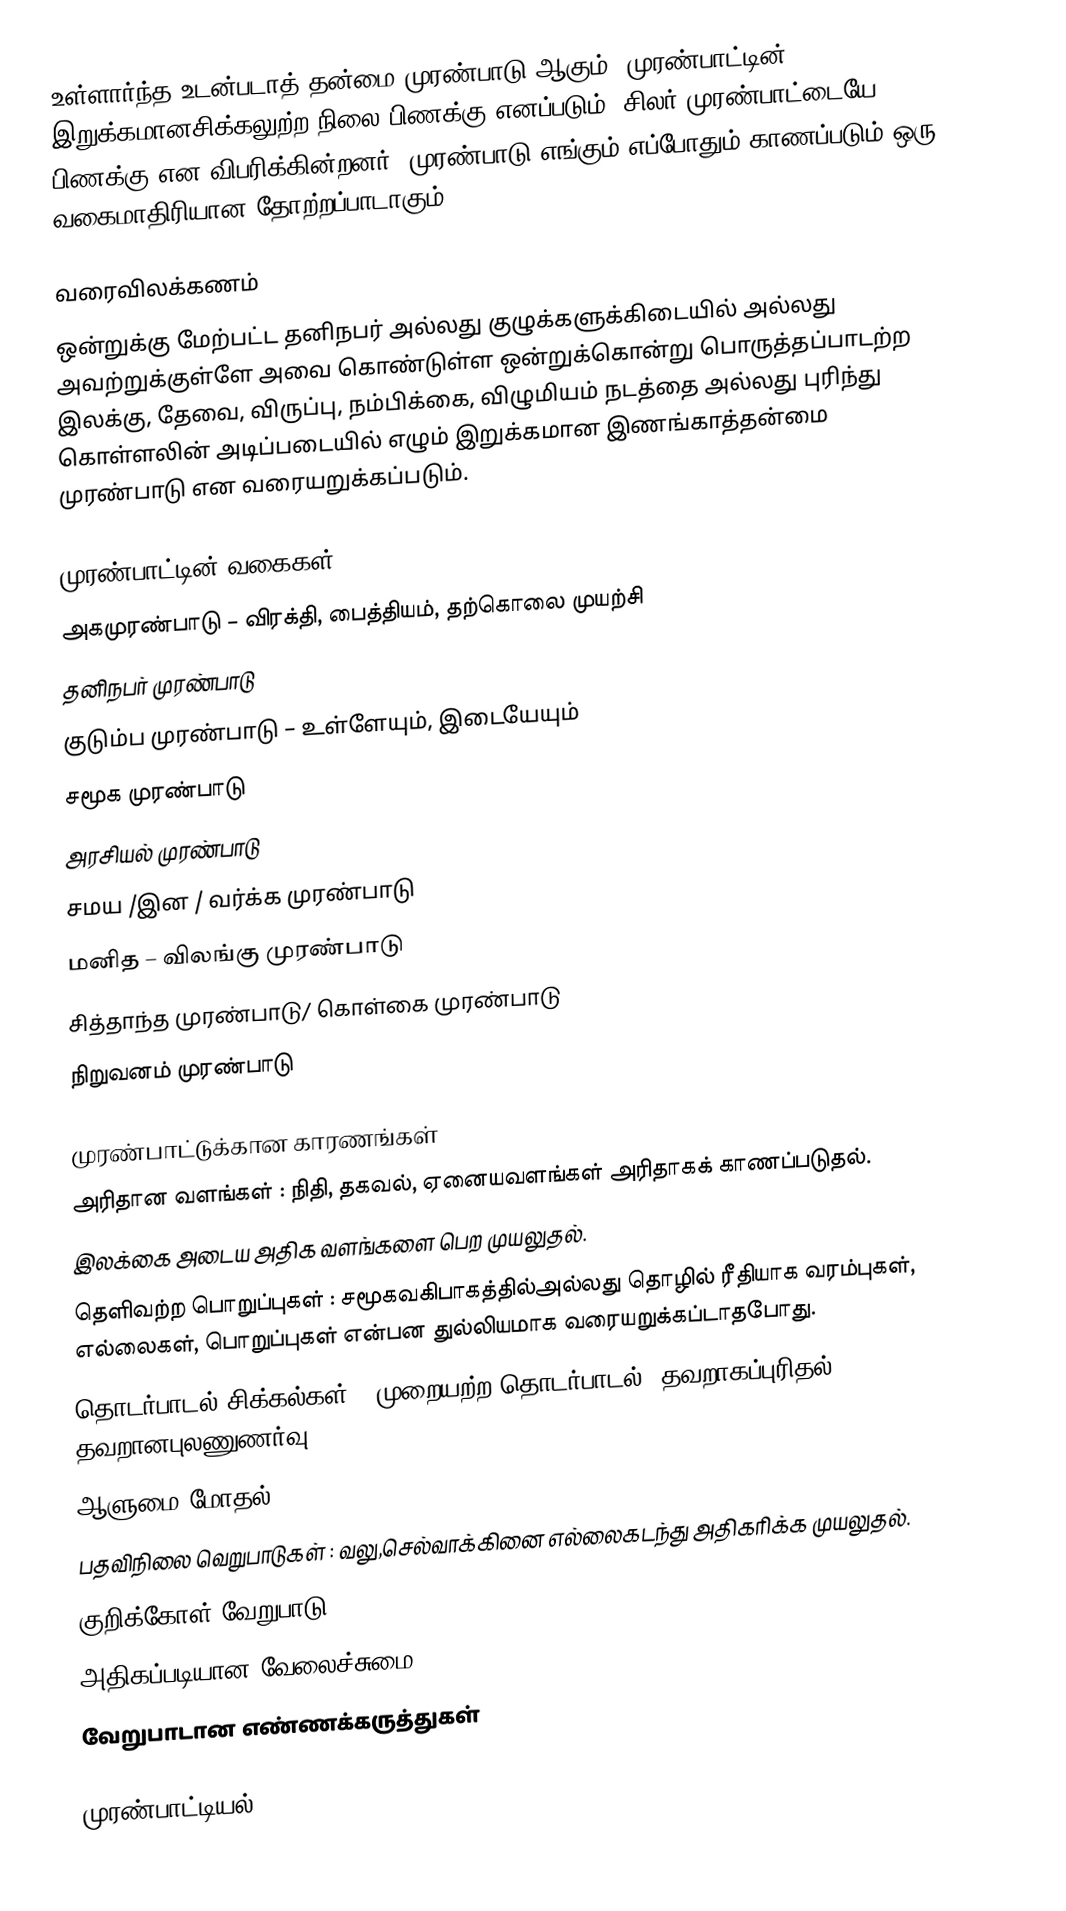
உள்ளார்ந்த உடன்படாத் தன்மை முரண்பாடு ஆகும். முரண்பாட்டின் இறுக்கமானசிக்கலுற்ற நிலை பிணக்கு எனப்படும். சிலர் முரண்பாட்டையே பிணக்கு என விபரிக்கின்றனர். முரண்பாடு எங்கும் எப்போதும் காணப்படும் ஒரு வகைமாதிரியான தோற்றப்பாடாகும்.

வரைவிலக்கணம்
ஒன்றுக்கு மேற்பட்ட தனிநபர் அல்லது குழுக்களுக்கிடையில் அல்லது அவற்றுக்குள்ளே அவை கொண்டுள்ள ஒன்றுக்கொன்று பொருத்தப்பாடற்ற இலக்கு, தேவை, விருப்பு, நம்பிக்கை, விழுமியம் நடத்தை அல்லது புரிந்து கொள்ளலின் அடிப்படையில் எழும் இறுக்கமான இணங்காத்தன்மை முரண்பாடு என வரையறுக்கப்படும்.

முரண்பாட்டின் வகைகள்
 அகமுரண்பாடு – விரக்தி, பைத்தியம், தற்கொலை முயற்சி
 தனிநபர் முரண்பாடு
 குடும்ப முரண்பாடு – உள்ளேயும், இடையேயும்
 சமூக முரண்பாடு
 அரசியல் முரண்பாடு
 சமய /இன / வர்க்க முரண்பாடு
 மனித – விலங்கு முரண்பாடு
 சித்தாந்த முரண்பாடு/ கொள்கை முரண்பாடு
 நிறுவனம் முரண்பாடு

முரண்பாட்டுக்கான காரணங்கள்
 அரிதான வளங்கள் : நிதி, தகவல், ஏனையவளங்கள் அரிதாகக் காணப்படுதல்.
இலக்கை அடைய அதிக வளங்களை பெற முயலுதல்.
 தெளிவற்ற பொறுப்புகள் : சமூகவகிபாகத்தில்அல்லது  தொழில் ரீதியாக வரம்புகள், எல்லைகள், பொறுப்புகள் என்பன துல்லியமாக வரையறுக்கப்டாதபோது.
 தொடர்பாடல் சிக்கல்கள் : முறையற்ற   தொடர்பாடல், தவறாகப்புரிதல், தவறானபுலணுணர்வு.
 ஆளுமை மோதல்
 பதவிநிலை வெறுபாடுகள் : வலு,செல்வாக்கினை எல்லைகடந்து அதிகரிக்க முயலுதல்.
 குறிக்கோள் வேறுபாடு
 அதிகப்படியான வேலைச்சுமை
 வேறுபாடான எண்ணக்கருத்துகள்

முரண்பாட்டியல்